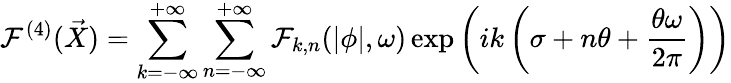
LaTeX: {\cal F}^{(4)}(\vec{X})=\sum_{k=-\infty}^{+\infty}\sum_{n=-\infty}^{+\infty}{\cal F}_{k,n}(|\phi|,\omega)\exp\left(ik\left(\sigma+n\theta+\frac{\theta\omega}{2\pi}\right)\right)